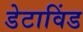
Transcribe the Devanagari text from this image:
डेटाविंड